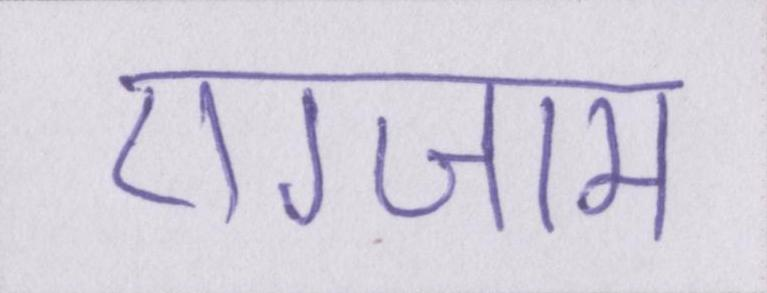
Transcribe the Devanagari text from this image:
एग्जाम